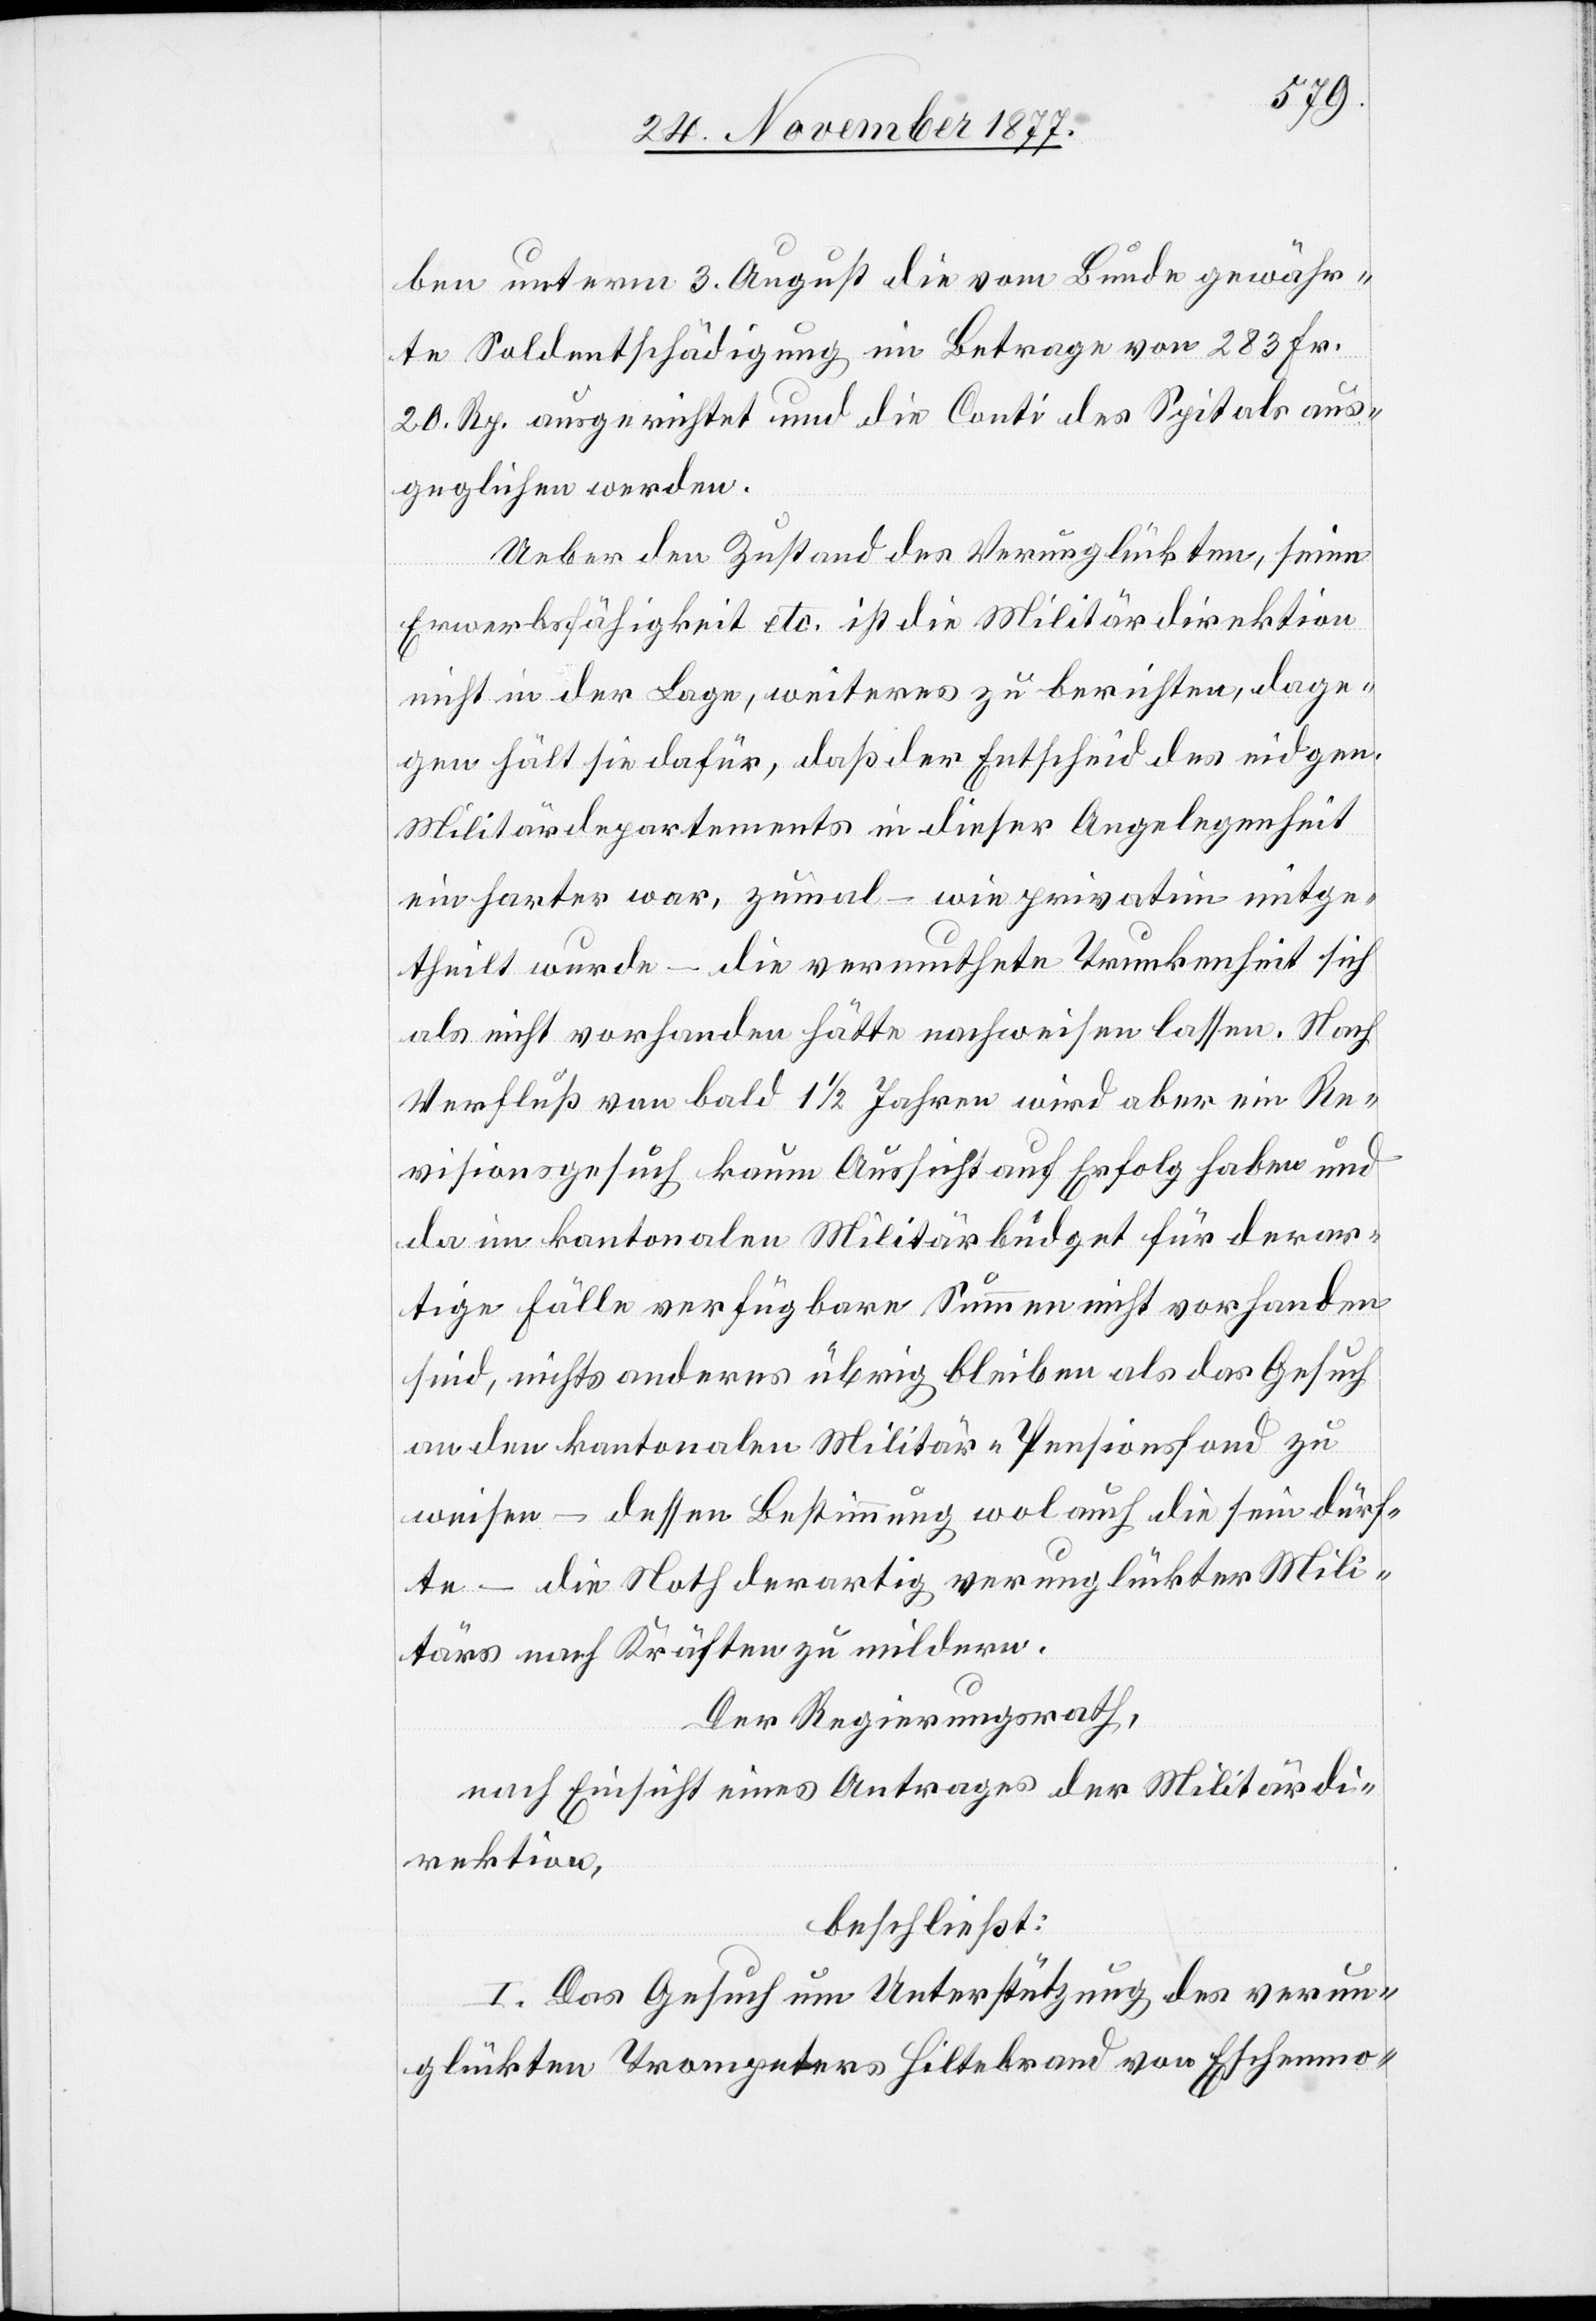
ben unterm 3. August die vom Bunde gewähr¬
te Soldentschädigung im Betrage von 283 Fr.
20. Rp. ausgerichtet und die Conti des Spitals aus¬
geglichen werden.
Ueber den Zustand des Verunglückten, seine
Erwerbsfähigkeit etc. ist die Militärdirektion
nicht in der Lage, weiteres zu berichten, dage¬
gen hält sie dafür, daß der Entscheid des eidgen.
Militärdepartements in dieser Angelegenheit
ein harter war, zumal – wie privatim mitge¬
theilt wurde – die vermuthete Trunkenheit sich
als nicht vorhanden hätte nachweisen lassen. Nach
Verfluß von bald 1 1/2 Jahren wird aber ein Re¬
visionsgesuch kaum Aussicht auf Erfolg haben und
da im kantonalen Militärbudget für derar¬
tige Fälle verfügbare Summen nicht vorhanden
sind, nichts anderes übrig bleiben als das Gesuch
an den kantonalen Militär-Pensionsfond zu
weisen – dessen Bestimmung wol auch die sein dürf¬
te – die Noth derartig verunglückter Mili¬
tärs nach Kräften zu mildern.
Der Regierungsrath,
nach Einsicht eines Antrages der Militärdi¬
rektion,
beschließt:
I. Das Gesuch um Unterstützung des verun¬
glückten Trompeters Hiltebrand von Eschenmo-